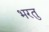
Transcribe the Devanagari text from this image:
भरतु